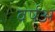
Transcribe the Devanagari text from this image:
वर्षअ